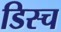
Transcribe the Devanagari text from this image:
डिस्च